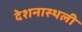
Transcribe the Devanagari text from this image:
देशनास्थली